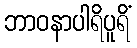
ဘာဝနာပါရိပူရိံ